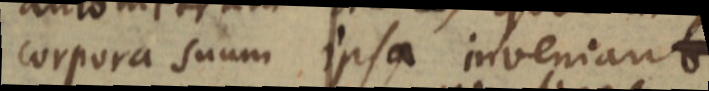
corpora suum ipsa inveniant